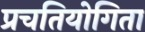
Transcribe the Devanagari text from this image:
प्रचतियोगिता